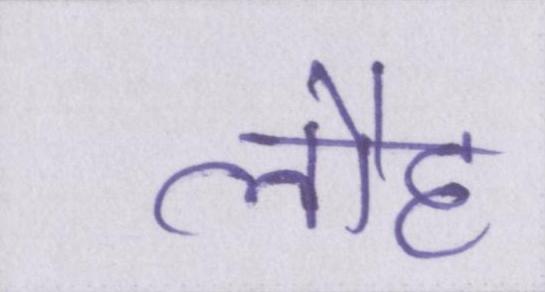
लौह